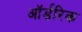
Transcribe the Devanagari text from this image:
ऑर्डरिक